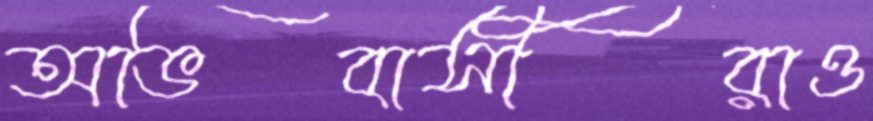
অভিবাসীরাও